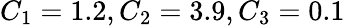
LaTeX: C_{1}=1.2,C_{2}=3.9,C_{3}=0.1